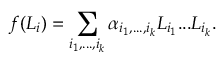
f ( L _ { i } ) = \sum _ { i _ { 1 } , . . . , i _ { k } } { \alpha } _ { i _ { 1 } , . . . , i _ { k } } L _ { i _ { 1 } } . . . L _ { i _ { k } } .